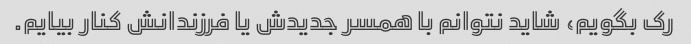
رک بگویم، شاید نتوانم با همسر جدیدش یا فرزندانش کنار بیایم.